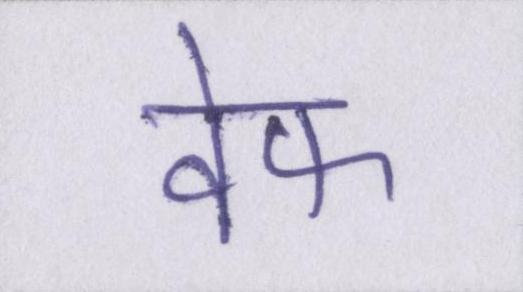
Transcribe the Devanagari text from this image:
वेफ